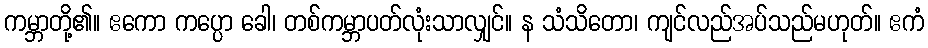
ကမ္ဘာတို့၏။ ဧကော ကပ္ပော ခေါ၊ တစ်ကမ္ဘာပတ်လုံးသာလျှင်။ န သံသိတော၊ ကျင်လည်အပ်သည်မဟုတ်။ ဧကံ